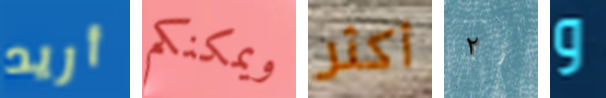
أريد ويمكنكم أكثر ٢ و